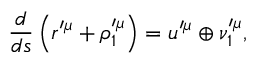
\frac { d } { d s } \left( r ^ { \prime \mu } + \rho _ { 1 } ^ { \prime \mu } \right) = u ^ { \prime \mu } \oplus \nu _ { 1 } ^ { \prime \mu } ,